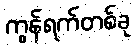
ကွန်ရက်တစ်ခု